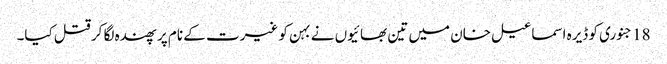
18 جنوری کو ڈیرہ اسماعیل خان میں تین بھائیوں نے بہن کو غیرت کے نام پر پھندہ لگا کر قتل کیا۔